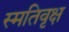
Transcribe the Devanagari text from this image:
स्मतिवृक्ष